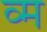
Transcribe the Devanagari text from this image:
व्म